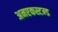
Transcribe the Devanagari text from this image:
अनएकस्टम्ड